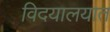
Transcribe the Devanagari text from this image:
विदयालयात